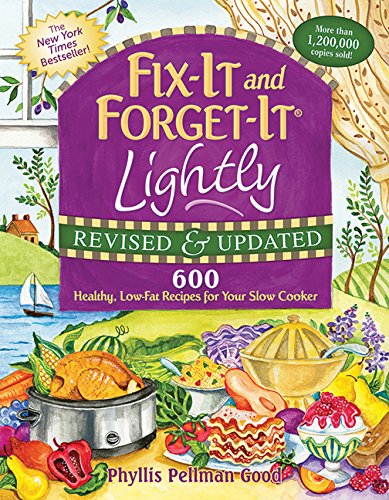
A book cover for Fix-It and Forget-It Lightly Revised & Updated: 600 Healthy, Low-Fat Recipes For Your Slow Cooker; Phyllis Good; Cookbooks, Food & Wine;